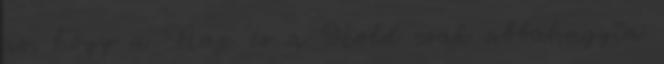
az, hogy a Nap és a Hold csak abbahagyta